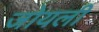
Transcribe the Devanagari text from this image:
जोयली